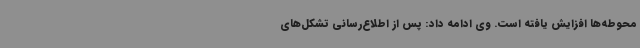
محوطه‌ها افزایش یافته است. وی ادامه داد: پس از اطلاع‌رسانی تشکل‌های